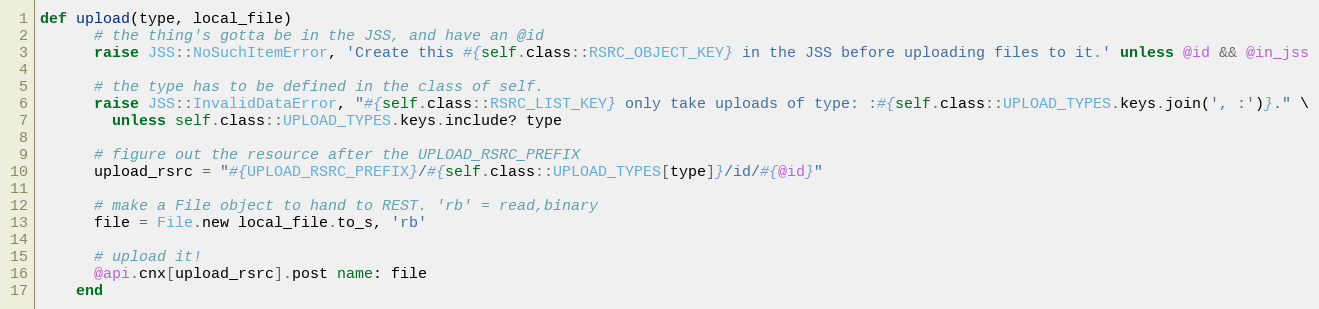
Language: Ruby
def upload(type, local_file)
      # the thing's gotta be in the JSS, and have an @id
      raise JSS::NoSuchItemError, 'Create this #{self.class::RSRC_OBJECT_KEY} in the JSS before uploading files to it.' unless @id && @in_jss

      # the type has to be defined in the class of self.
      raise JSS::InvalidDataError, "#{self.class::RSRC_LIST_KEY} only take uploads of type: :#{self.class::UPLOAD_TYPES.keys.join(', :')}." \
        unless self.class::UPLOAD_TYPES.keys.include? type

      # figure out the resource after the UPLOAD_RSRC_PREFIX
      upload_rsrc = "#{UPLOAD_RSRC_PREFIX}/#{self.class::UPLOAD_TYPES[type]}/id/#{@id}"

      # make a File object to hand to REST. 'rb' = read,binary
      file = File.new local_file.to_s, 'rb'

      # upload it!
      @api.cnx[upload_rsrc].post name: file
    end